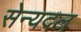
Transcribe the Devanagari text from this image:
सेन्यदल